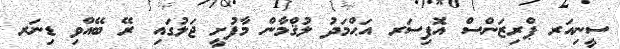
ސީނިއަރ ޕްރިޒަންސް އޮފިސަރ އަޙްމަދު ލުޤްމާން މާފުށީ ޖަލުގައި ރޭ ބޭއްވި ޑިނަރ